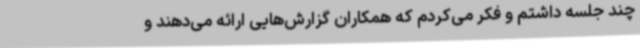
چند جلسه داشتم و فکر می‌کردم که همکاران گزارش‌هایی ارائه می‌دهند و